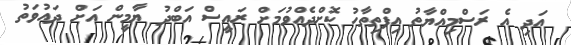
އަދި އެ ރަސްމިއްޔާތު އިފްތިތާހު ކޮށްދެއްވުމަށް ރައީސް އަބްދު ޔާމީން އަށް ދައުވަތު